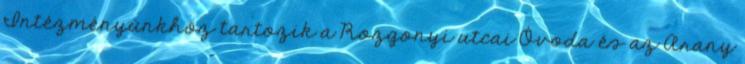
Intézményünkhöz tartozik a Rozgonyi utcai Óvoda és az Arany